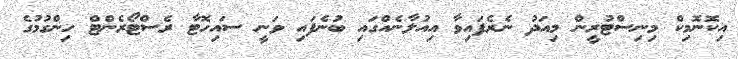
އިކޮނޮމިކް މިނިސްޓުރީން މިއަދު ނެރެފައިވާ އިއުލާނެއްގައި ބުނެފައި ވަނީ ސައިހޮޓާ ރެސްޓޯރެންޓް ހިންގުމުގެ